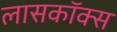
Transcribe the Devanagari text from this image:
लासकॉक्स